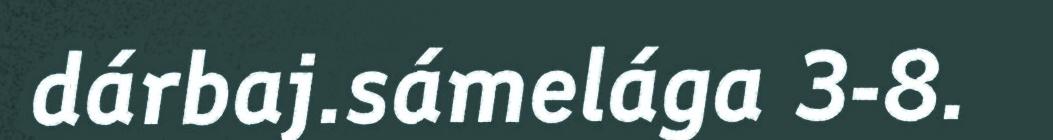
dárbaj.sámelága 3-8.